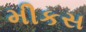
મીકસ